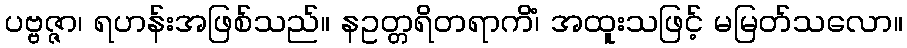
ပဗ္ဗဇ္ဇာ၊ ရဟန်းအဖြစ်သည်။ နဥတ္တရိတရာကိံ၊ အထူးသဖြင့် မမြတ်သလော။